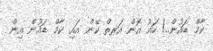
ކާމް ޑައުން..! ހައު އޮން އަރތް ކޭން އައި ކާމް ޑައުން އިން